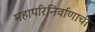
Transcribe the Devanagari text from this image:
महापरिनिर्वाणाची